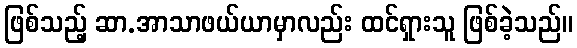
ဖြစ်သည့် ဆာ.အာသာဖယ်ယာမှာလည်း ထင်ရှားသူ ဖြစ်ခဲ့သည်။